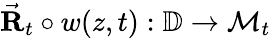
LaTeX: \vec{\mathbf R}_{t}\circ w(z,t):\mathbb{D}\rightarrow\mathcal{M}_{t}